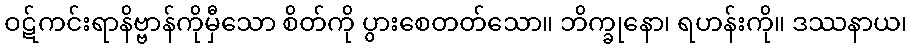
ဝဋ်ကင်းရာနိဗ္ဗာန်ကိုမှီသော စိတ်ကို ပွားစေတတ်သော။ ဘိက္ခုနော၊ ရဟန်းကို။ ဒဿနာယ၊